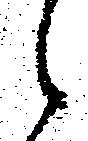
候